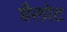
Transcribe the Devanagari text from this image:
शैलोट